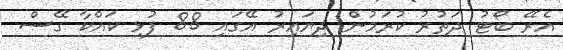
އެރޭ ބޯޓު ދަތުރު ކުރަމުން ދިޔައިރު އޭގައި 88 ފުޅި ކައްކާ ގޭސް